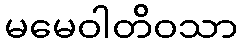
မမေဝါတိဝသာ